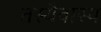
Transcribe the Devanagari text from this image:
तस्यैवास्य